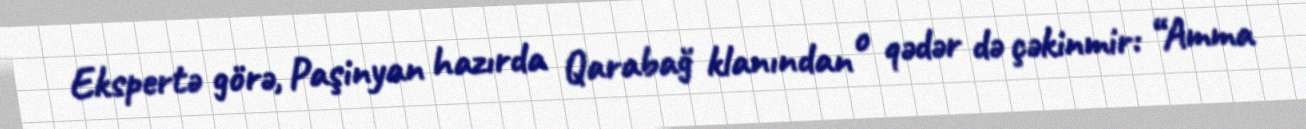
Ekspertə görə, Paşinyan hazırda Qarabağ klanından o qədər də çəkinmir: “Amma